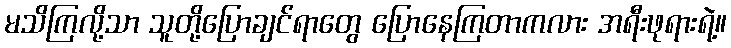
မသိကြလို့သာ သူတို့ပြောချင်ရာတွေ ပြောနေကြတာကလား အရီးဖုရားရဲ့။